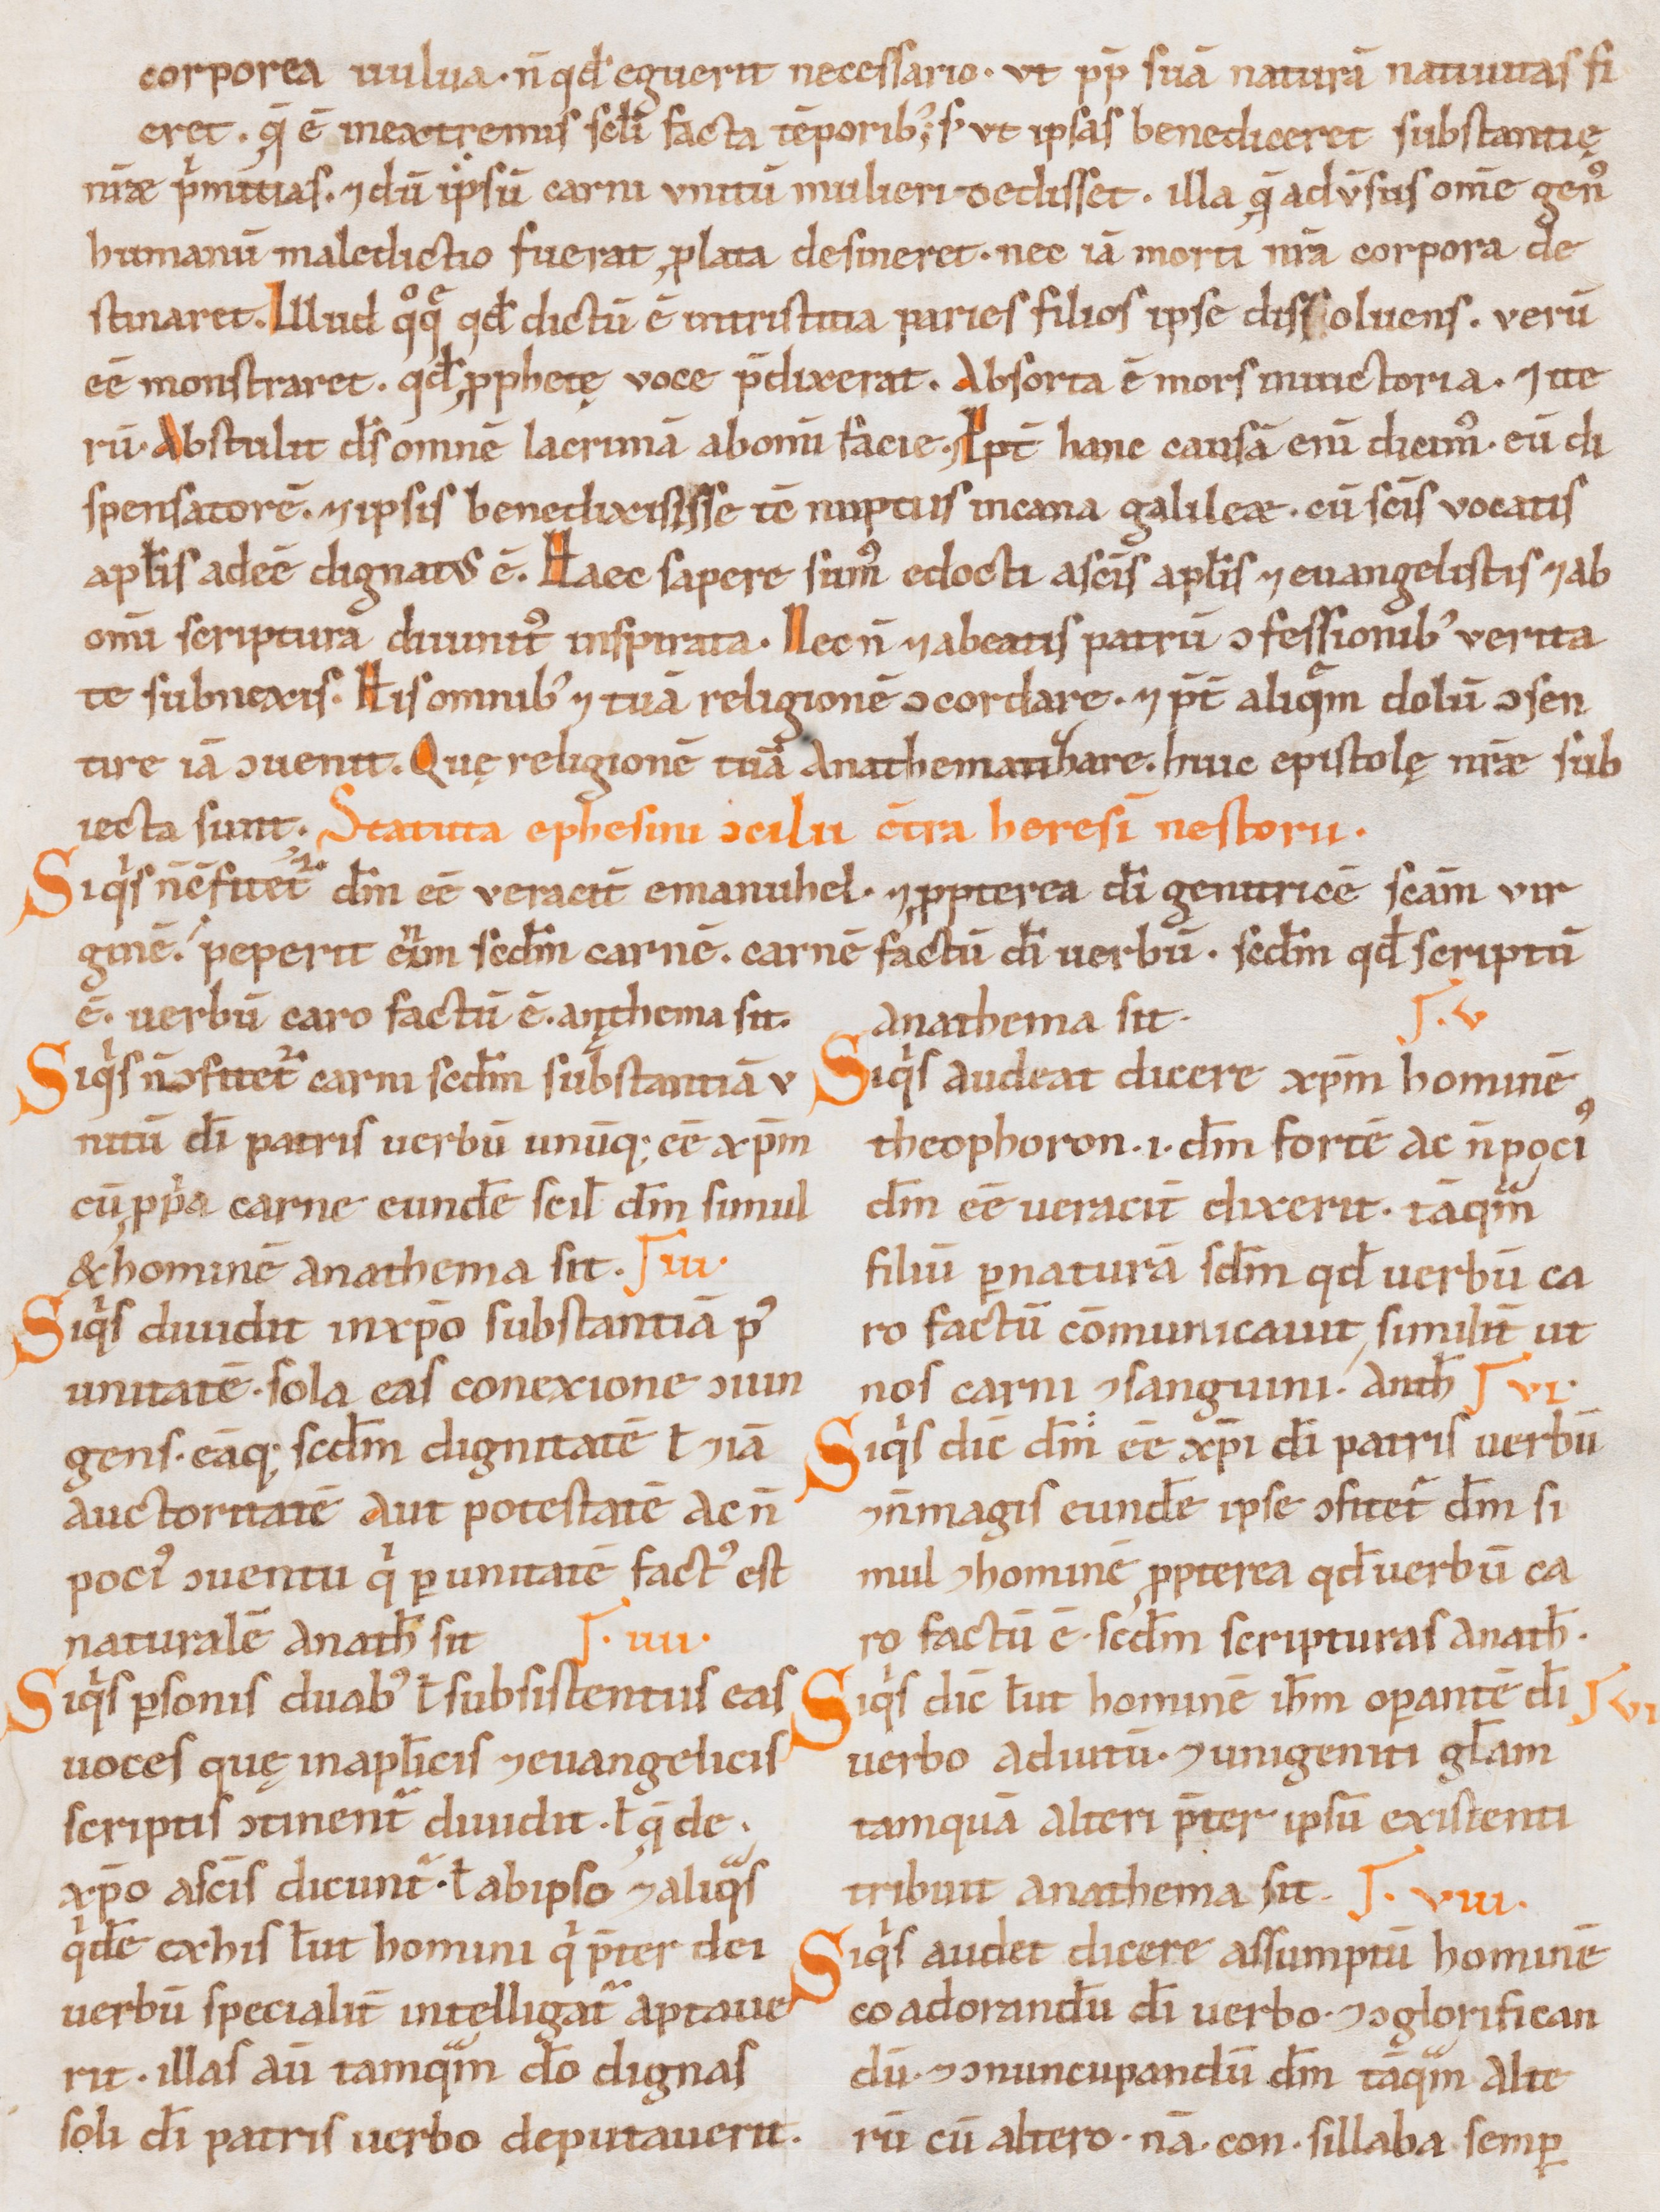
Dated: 1000–1199